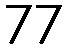
77